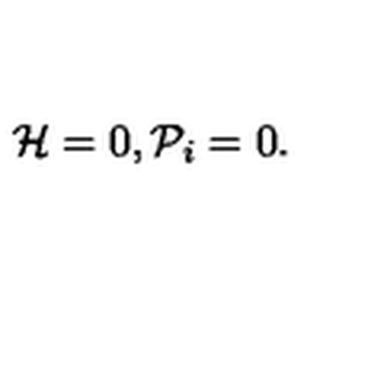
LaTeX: { \cal H } = 0 , { \cal P } _ { i } = 0 .